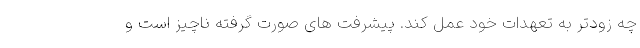
چه زودتر به تعهدات خود عمل کند. پیشرفت های صورت گرفته ناچیز است و